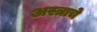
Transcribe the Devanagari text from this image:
अस्त्राचे